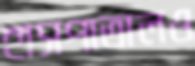
হাসপাতালও